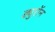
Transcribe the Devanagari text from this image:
ड्युरॉन